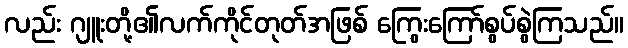
လည်း ဂျူးတို့၏လက်ကိုင်တုတ်အဖြစ် ကြွေးကြော်စွပ်စွဲကြသည်။